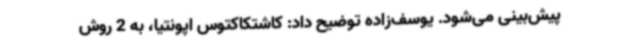
پیش‌بینی می‌شود. یوسف‌زاده توضیح داد: کاشتکاکتوس اپونتیا، به 2 روش